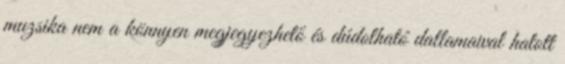
muzsika nem a könnyen megjegyezhető és dúdolható dallamaival hatott